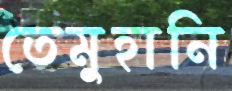
তেমুহানি